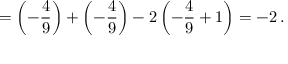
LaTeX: = \left( - \frac { 4 } { 9 } \right) + \left( - \frac { 4 } { 9 } \right) - 2 \left( - \frac { 4 } { 9 } + 1 \right) = - 2 \, .